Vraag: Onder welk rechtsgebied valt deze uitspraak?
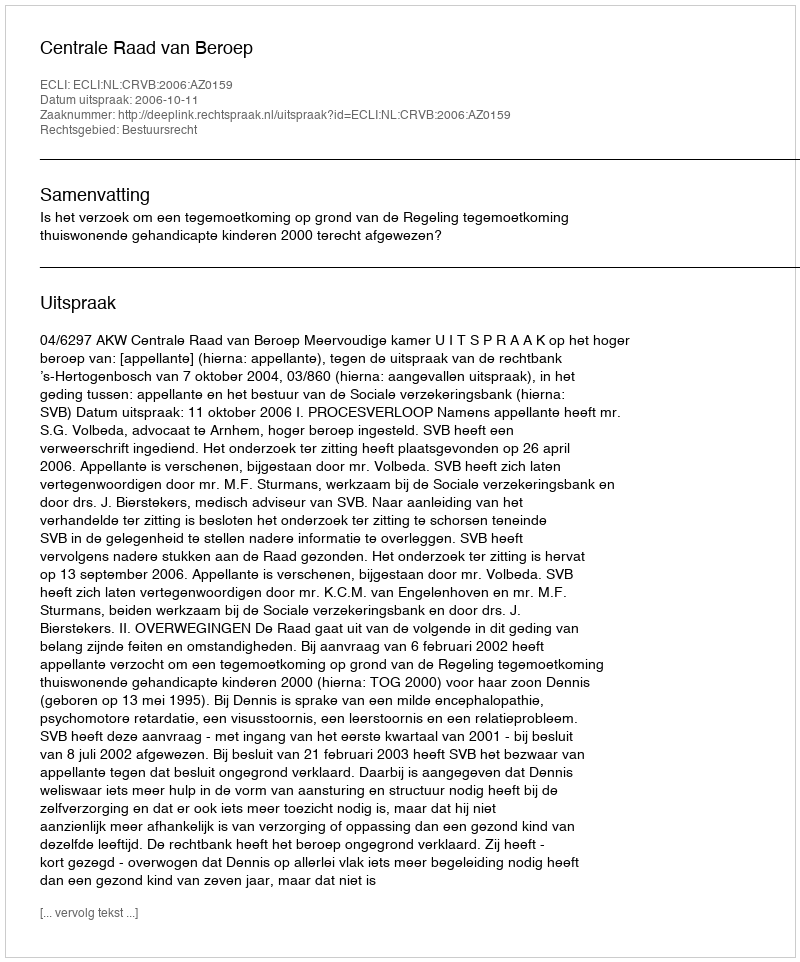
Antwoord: Bestuursrecht